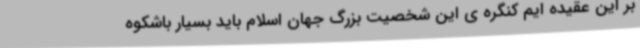
بر این عقیده ایم کنگره ی این شخصیت بزرگ جهان اسلام باید بسیار باشکوه